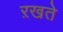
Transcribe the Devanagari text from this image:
ऱखते